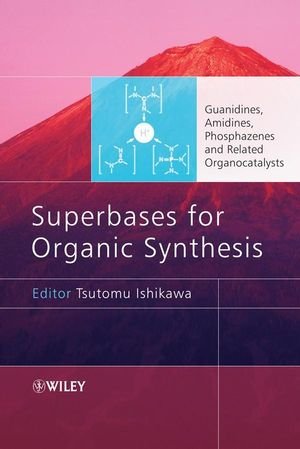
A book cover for Superbases for Organic Synthesis: Guanidines, Amidines, Phosphazenes and Related Organocatalysts; Tsutomu Ishikawa; Science & Math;